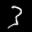
Label: 3